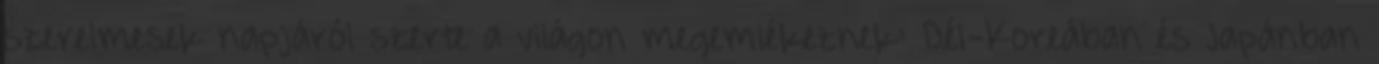
szerelmesek napjáról szerte a világon megemlékeznek: Dél-Koreában és Japánban